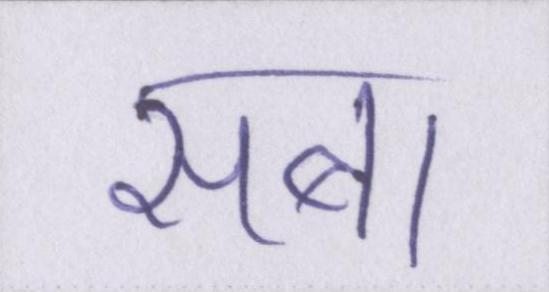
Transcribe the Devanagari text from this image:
सबा